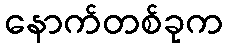
နောက်တစ်ခုက